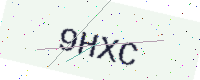
Text: 9HXC